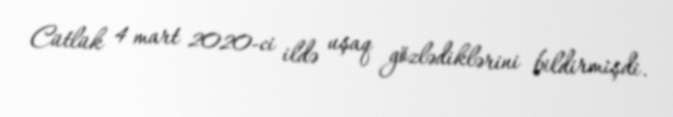
Cütlük 4 mart 2020-ci ildə uşaq gözlədiklərini bildirmişdi.